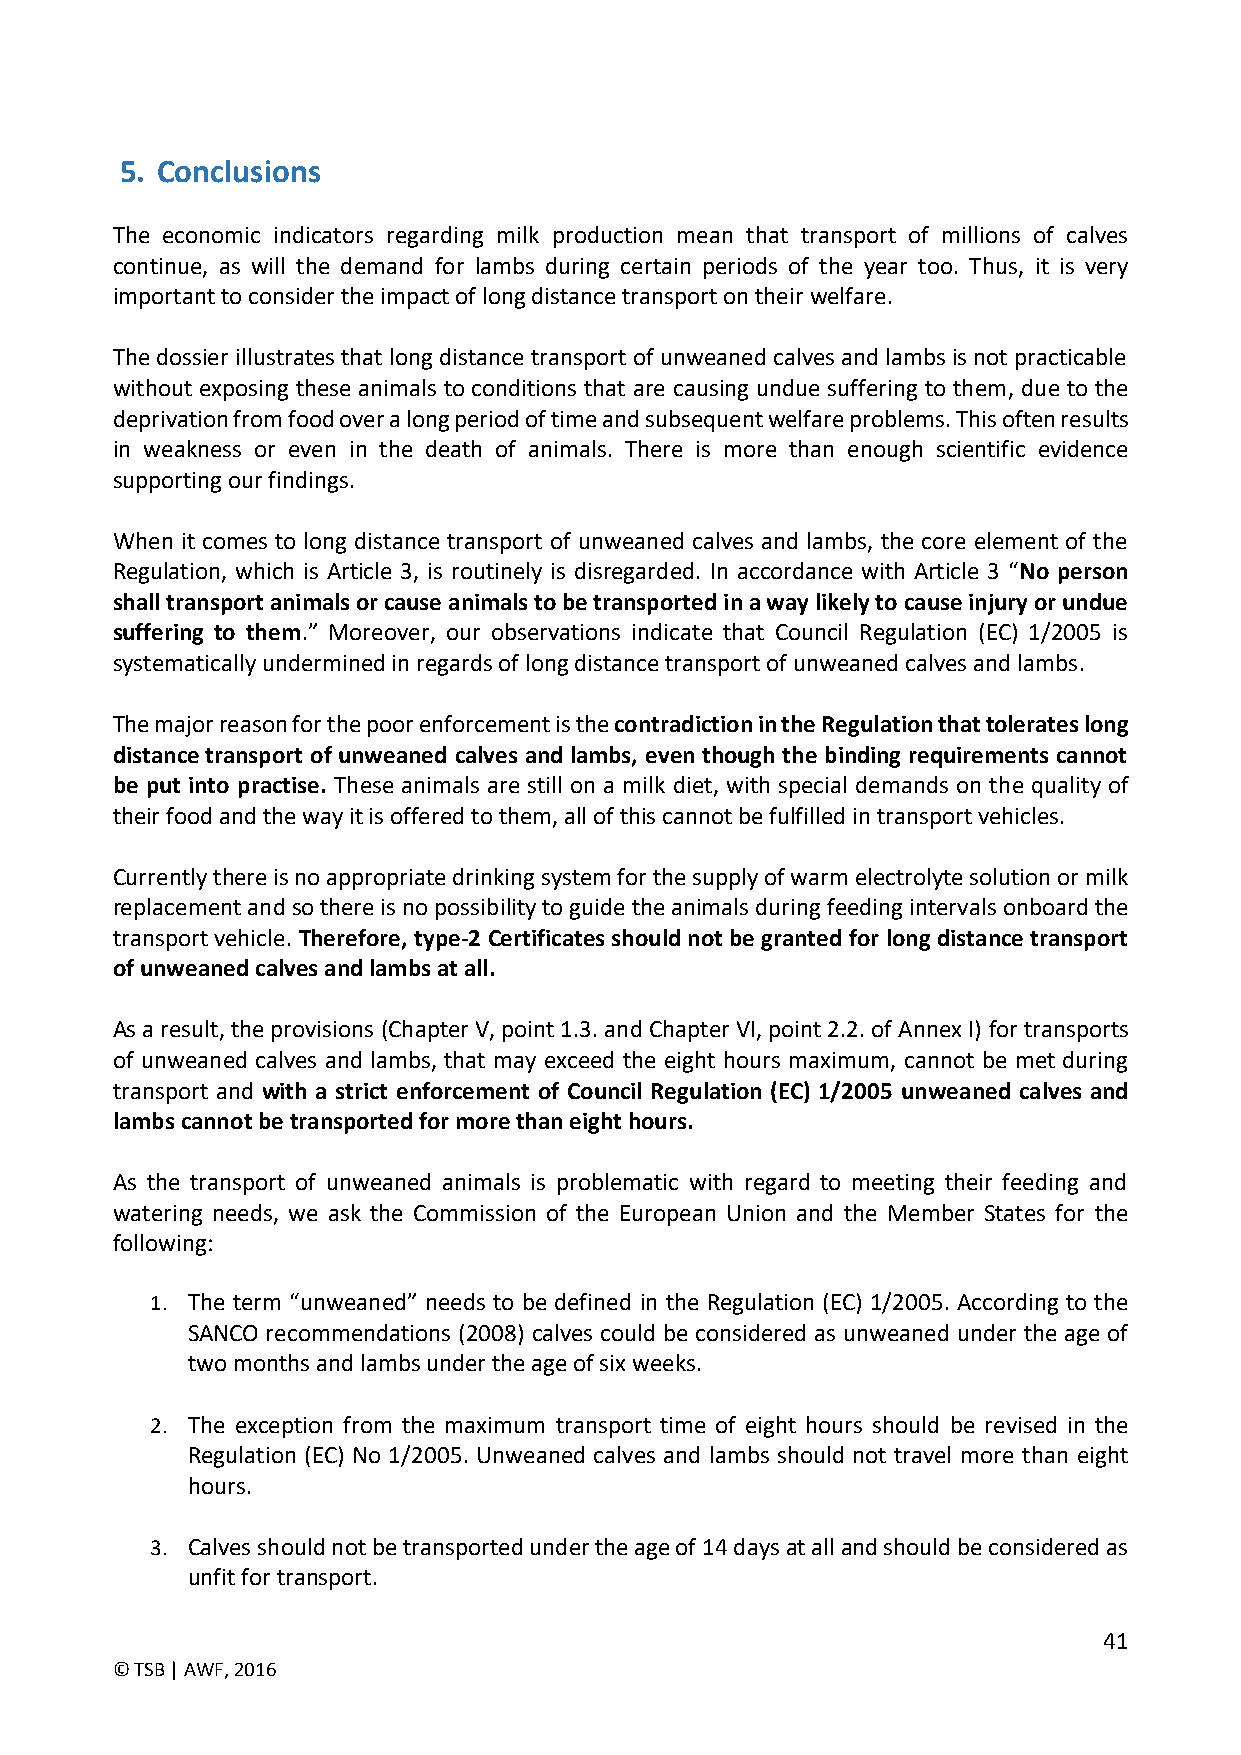
5. Conclusions
 The economic indicators regarding milk production mean that transport of millions of calves
 continue, as will the demand for lambs during certain periods of the year too. Thus, it is very
 important to consider the impact of long distance transport on their welfare.
 The dossier illustrates that long distance transport of unweaned calves and lambs is not practicable
 without exposing these animals to conditions that are causing undue suffering to them, due to the
 deprivation from food over a long period of time and subsequent welfare problems. This often results
 in weakness or even in the death of animals. There is more than enough scientific evidence
 supporting our findings.
 When it comes to long distance transport of unweaned calves and lambs, the core element of the
 Regulation, which is Article 3, is routinely is disregarded. In accordance with Article 3 “No person
 shall transport animals or cause animals to be transported in a way likely to cause injury or undue
 suffering to them.” Moreover, our observations indicate that Council Regulation (EC) 1/2005 is
 systematically undermined in regards of long distance transport of unweaned calves and lambs.
 The major reason for the poor enforcement is the contradiction in the Regulation that tolerates long
 distance transport of unweaned calves and lambs, even though the binding requirements cannot
 be put into practise. These animals are still on a milk diet, with special demands on the quality of
 their food and the way it is offered to them, all of this cannot be fulfilled in transport vehicles.
 Currently there is no appropriate drinking system for the supply of warm electrolyte solution or milk
 replacement and so there is no possibility to guide the animals during feeding intervals onboard the
 transport vehicle. Therefore, type-2 Certificates should not be granted for long distance transport
 of unweaned calves and lambs at all.
 As a result, the provisions (Chapter V, point 1.3. and Chapter VI, point 2.2. of Annex I) for transports
 of unweaned calves and lambs, that may exceed the eight hours maximum, cannot be met during
 transport and with a strict enforcement of Council Regulation (EC) 1/2005 unweaned calves and
 lambs cannot be transported for more than eight hours.
 As the transport of unweaned animals is problematic with regard to meeting their feeding and
 watering needs, we ask the Commission of the European Union and the Member States for the
 following:
 1. The term “unweaned” needs to be defined in the Regulation (EC) 1/2005. According to the
 SANCO recommendations (2008) calves could be considered as unweaned under the age of
 two months and lambs under the age of six weeks.
 2. The exception from the maximum transport time of eight hours should be revised in the
 Regulation (EC) No 1/2005. Unweaned calves and lambs should not travel more than eight
 hours.
 3. Calves should not be transported under the age of 14 days at all and should be considered as
 unfit for transport.
 41
 © TSB | AWF, 2016